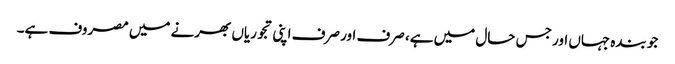
جو بندہ جہاں اور جس حال میں ہے، صرف اور صرف اپنی تجوریاں بھرنے میں مصروف ہے۔